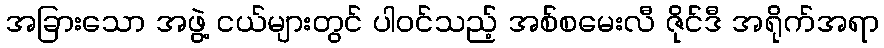
အခြားသော အဖွဲ့ ငယ်များတွင် ပါဝင်သည့် အစ်စမေးလီ ဇိုင်ဒီ အရိုက်အရာ